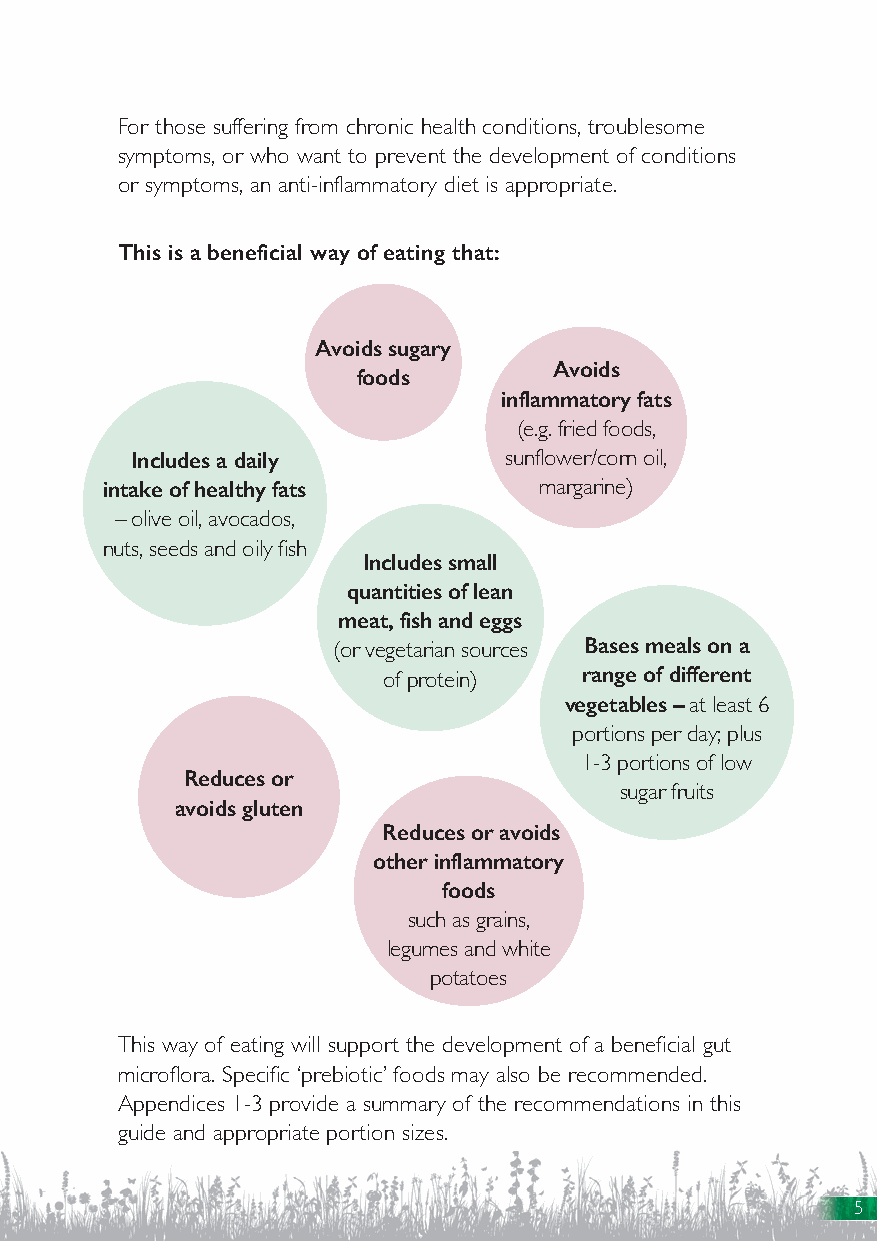
For those suffering from chronic health conditions, troublesome
 symptoms, or who want to prevent the development of conditions
 or symptoms, an anti-inflammatory diet is appropriate.
 This is a beneficial way of eating that:
 Avoids sugary
 Avoids
 foods
 inflammatory fats
 (e.g. fried foods,
 Includes a daily        sunflower/corn oil,
 intake of healthy fats       margarine)
 – olive oil, avocados,
 nuts, seeds and oily fish
 Includes small
 quantities of lean
 meat, fish and eggs
 Bases meals on a
 (or vegetarian sources
 range of different
 of protein)
 vegetables – at least 6
 portions per day; plus
 1-3 portions of low
 Reduces or
 sugar fruits
 avoids gluten
 Reduces or avoids
 other inflammatory
 foods
 such as grains,
 legumes and white
 potatoes
 This way of eating will support the development of a beneficial gut
 microflora. Specific ‘prebiotic’ foods may also be recommended.
 Appendices 1-3 provide a summary of the recommendations in this
 guide and appropriate portion sizes.
 5